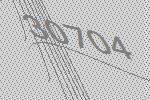
30704